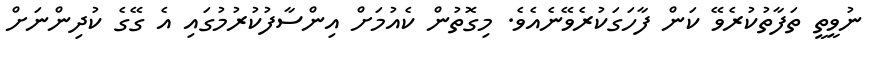
ނުވީތީ ތަފާތުކުރެވޭ ކަން ފާހަގަކުރެވޭނެއެވެ. މިގޮތުން ކެއުމަށް އިންސާފުކުރުމުގައި އެ ގޭގެ ކުދިންނަށް